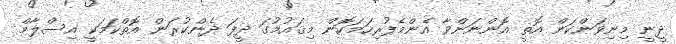
ދީނީ މިނިވަންކަން އޮތީ އޮންނަންވާ އެންމެފުރިހަމަކޮން މިޤައުމުގަ ދީފަ ދެންކުރަން އޮތްކަމަކީ އިސްލާމް